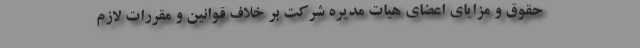
حقوق و مزایای اعضای هیات مدیره شرکت بر خلاف قوانین و مقررات لازم